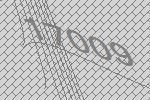
17009